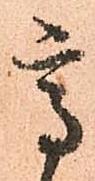
高